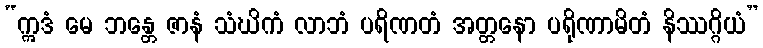
“ဣဒံ မေ ဘန္တေ ဇာနံ သံဃိကံ လာဘံ ပရိဏတံ အတ္တနော ပရိုဏာမိတံ နိဿဂ္ဂိယံ”